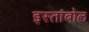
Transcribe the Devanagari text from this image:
इस्तांबोल